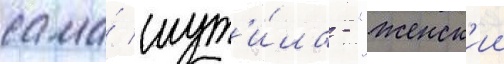
сама́ шут'и́ла - "женск'ии